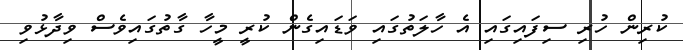
ކުރިން ހުރި ސިފައިގައި އެ ހާލަތުގައި ވަޑައިގެން ކުރީ މީހާ ގާތުގައިވެސް ވިދާޅުވި